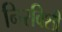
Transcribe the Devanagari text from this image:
निरविशी